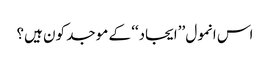
اس انمول ’’ایجاد‘‘ کے موجد کون ہیں؟